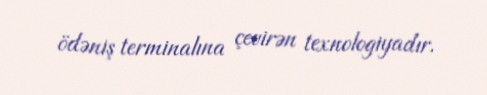
ödəniş terminalına çevirən texnologiyadır.